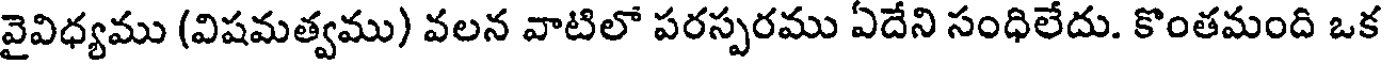
వైవిధ్యము (విషమత్వము) వలన వాటిలో పరస్పరము ఏదేని సంధిలేదు. కొంతమంది ఒక